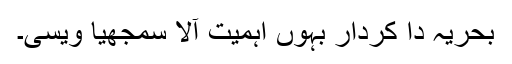
بحریہ دا کردار بہوں اہمیت آلا سمجھیا ویسی۔